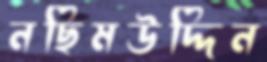
নছিমউদ্দিন